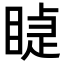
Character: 𥈤